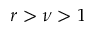
r > \nu > 1